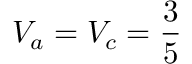
V _ { a } = V _ { c } = \frac { 3 } { 5 }